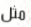
مثل